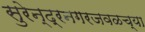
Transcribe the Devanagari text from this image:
सुरेन्द्रनगरजवळच्या